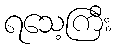
ရသေ့ကြီး